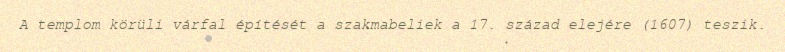
A templom körüli várfal építését a szakmabeliek a 17. század elejére (1607) teszik.